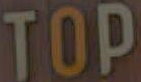
TOP